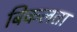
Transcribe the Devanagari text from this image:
बिकलता